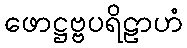
ဖောဋ္ဌဗ္ဗပရိဠာဟံ